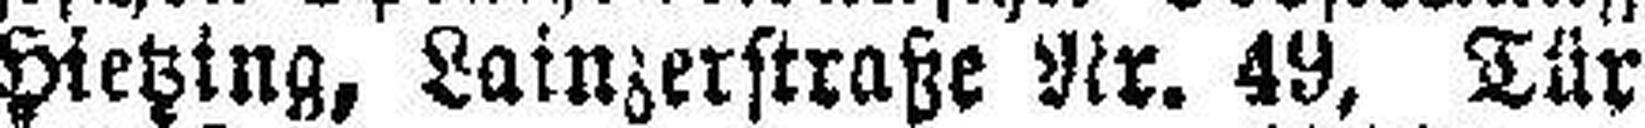
Hietzing, Lainzerstraße Nr. 49, Tür